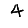
Digit: 4